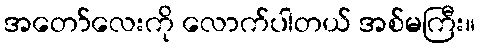
အတော်လေးကို လောက်ပါတယ် အစ်မကြီး။